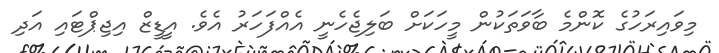
މިވައިރަހުގެ ކޮންމެ ބާވަތަކުން މީހަކަށް ބަލިޖެހެނީ އެއްފަހަރު އެވެ. އީޑީޒް އިޖިޕްޓައި އަދި